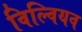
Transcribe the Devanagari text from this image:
विल्वियव